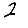
Digit: 2